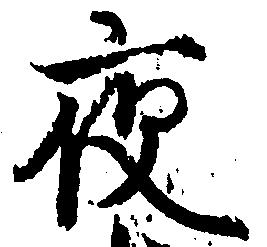
夜